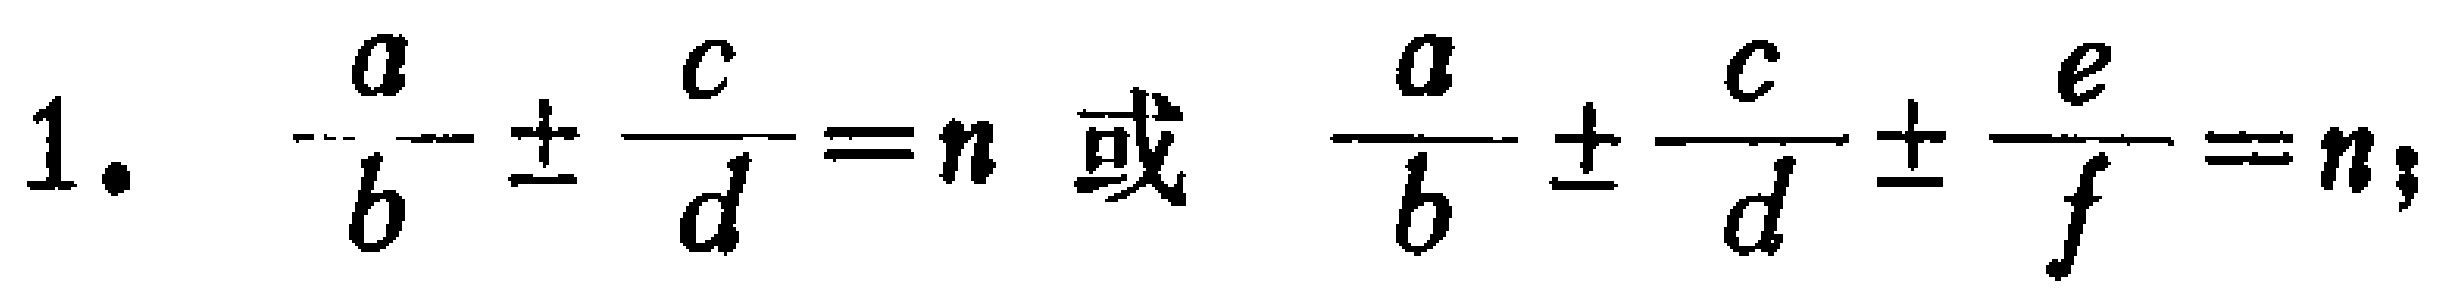
1. $\frac{a}{b}\pm\frac{c}{d}=n$ 或 $\frac{a}{b}\pm\frac{c}{d}\pm\frac{e}{f}=n$；